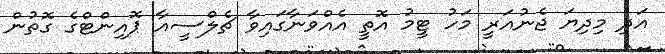
އަދި މިދިޔަ ޖެނުއަރީ މަހު ޓީމު އޮތީ އެއްވަނާގައިވާ ޗެލްސީއާ ޕޮއިންޓްގެ ގޮތުން